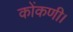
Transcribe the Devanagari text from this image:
कोंकणी।